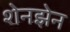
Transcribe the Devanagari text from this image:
शेनझेन